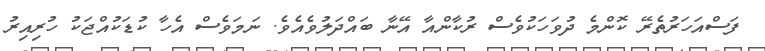
ފަސްއަހަރުތެރޭ ކޮންމެ ދުވަހަކުވެސް ރުކާންއާ އޭނާ ބައްދަލުވެއެވެ. ނަމަވެސް އެހާ ކުޑަކުއްޖަކު ހުރިއިރު